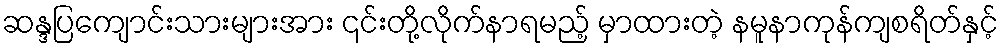
ဆန္ဒပြကျောင်းသားများအား ၎င်းတို့လိုက်နာရမည့် မှာထားတဲ့ နမူနာကုန်ကျစရိတ်နှင့်